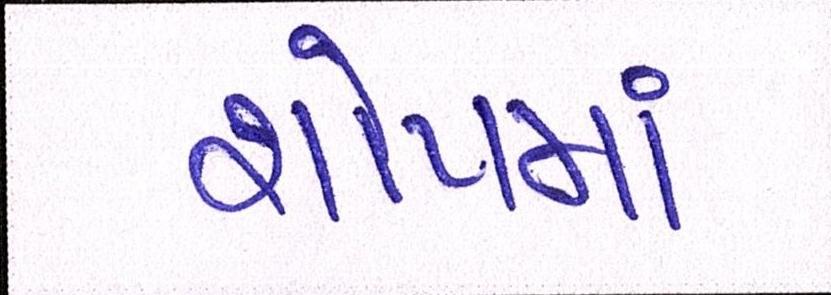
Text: શોપમાં